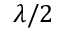
\lambda / 2